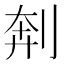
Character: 𫦃